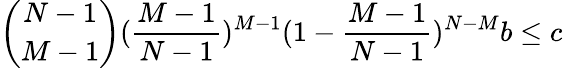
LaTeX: \binom{N-1}{M-1}(\frac{M-1}{N-1})^{M-1}(1-\frac{M-1}{N-1})^{N-M}b\leq c